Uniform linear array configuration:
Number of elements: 64
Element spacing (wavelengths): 1
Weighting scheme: cosine
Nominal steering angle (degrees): -15
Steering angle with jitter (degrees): -13.503
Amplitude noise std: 0.05
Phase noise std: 0.05

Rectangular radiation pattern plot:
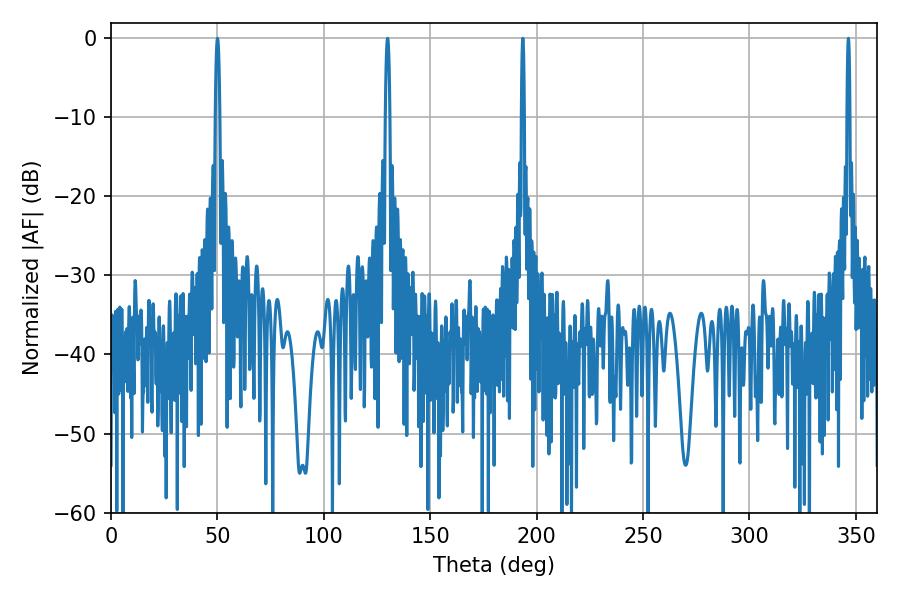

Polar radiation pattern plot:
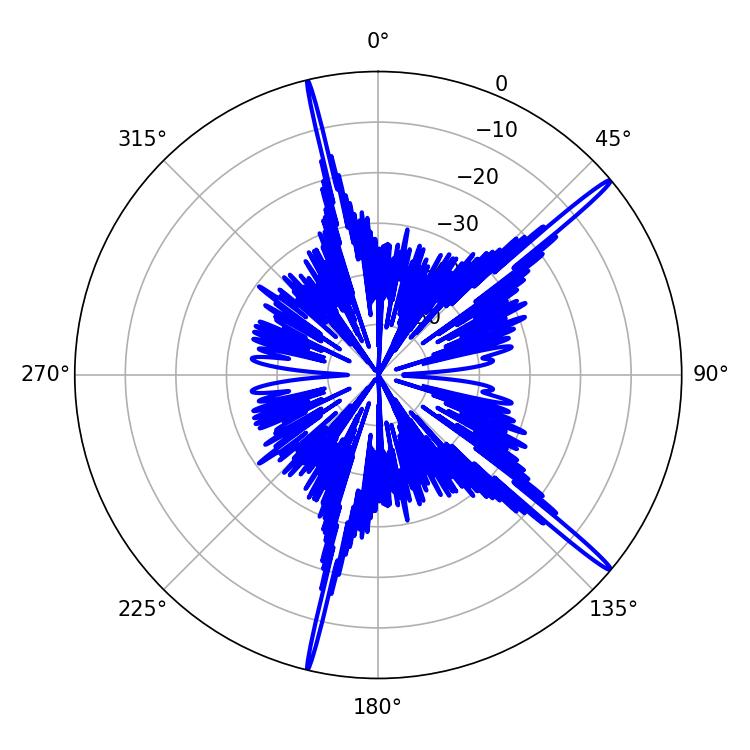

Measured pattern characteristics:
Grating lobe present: TRUE
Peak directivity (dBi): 18.239
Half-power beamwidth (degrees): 1.08
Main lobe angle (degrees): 50.04